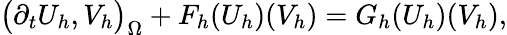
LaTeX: \big(\partial_{t}U_{h},V_{h}\big)_{\Omega}+F_{h}(U_{h})(V_{h})=G_{h}(U_{h})(V_{h}),